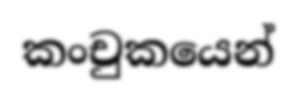
කංචුකයෙන්